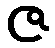
ဇ